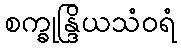
စက္ခုန္ဒြိယသံဝရံ